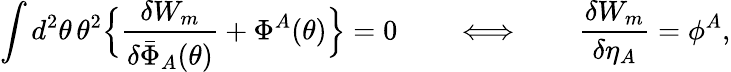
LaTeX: \int d^{2}\theta\, \theta^{2}\Bigr\{ \frac{\delta W_{m}}{\delta\bar{\Phi}_{A}(\theta)}+\Phi^{A}(\theta)\Bigr\} =0\qquad\Longleftrightarrow\qquad\frac{\delta W_{m}}{\delta\eta_{A}}=\phi^{A},